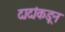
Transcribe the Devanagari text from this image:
दादांकडून